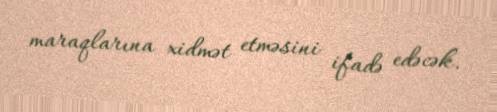
maraqlarına xidmət etməsini ifadə edəcək.